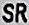
SR